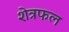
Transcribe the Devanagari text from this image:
शेत्रफल